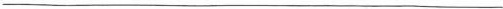
___